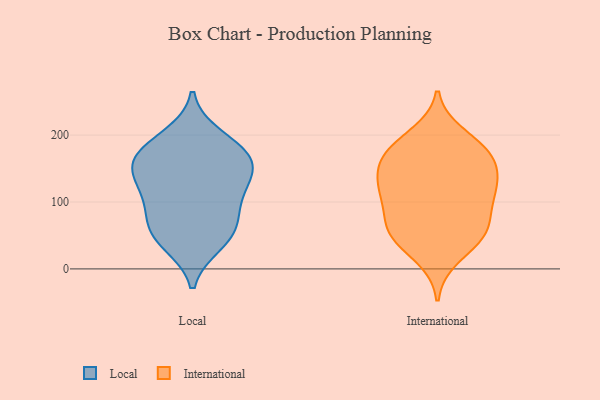
{"axis": {"x": "Satisfaction Score", "y": "Value"}, "legend": ["International", "Local"], "data": [{"x": "", "y": 49, "type": "Local"}, {"x": "", "y": 155, "type": "Local"}, {"x": "", "y": 76, "type": "Local"}, {"x": "", "y": 125, "type": "Local"}, {"x": "", "y": 128, "type": "Local"}, {"x": "", "y": 156, "type": "Local"}, {"x": "", "y": 198, "type": "Local"}, {"x": "", "y": 83, "type": "Local"}, {"x": "", "y": 38, "type": "Local"}, {"x": "", "y": 181, "type": "Local"}, {"x": "", "y": 173, "type": "Local"}, {"x": "", "y": 51, "type": "Local"}, {"x": "", "y": 160, "type": "Local"}, {"x": "", "y": 111, "type": "Local"}, {"x": "", "y": 184, "type": "International"}, {"x": "", "y": 109, "type": "International"}, {"x": "", "y": 98, "type": "International"}, {"x": "", "y": 18, "type": "International"}, {"x": "", "y": 65, "type": "International"}, {"x": "", "y": 167, "type": "International"}, {"x": "", "y": 54, "type": "International"}, {"x": "", "y": 59, "type": "International"}, {"x": "", "y": 48, "type": "International"}, {"x": "", "y": 127, "type": "International"}, {"x": "", "y": 170, "type": "International"}, {"x": "", "y": 152, "type": "International"}, {"x": "", "y": 116, "type": "International"}, {"x": "", "y": 141, "type": "International"}, {"x": "", "y": 115, "type": "International"}, {"x": "", "y": 200, "type": "International"}, {"x": "", "y": 52, "type": "International"}, {"x": "", "y": 175, "type": "International"}]}